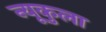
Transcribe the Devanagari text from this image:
न्यूकुला